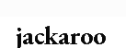
jackaroo